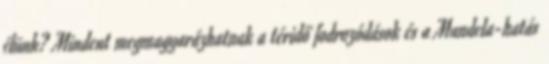
élünk? Mindent megmagyarázhatnak a téridő fodrozódások és a Mandela-hatás